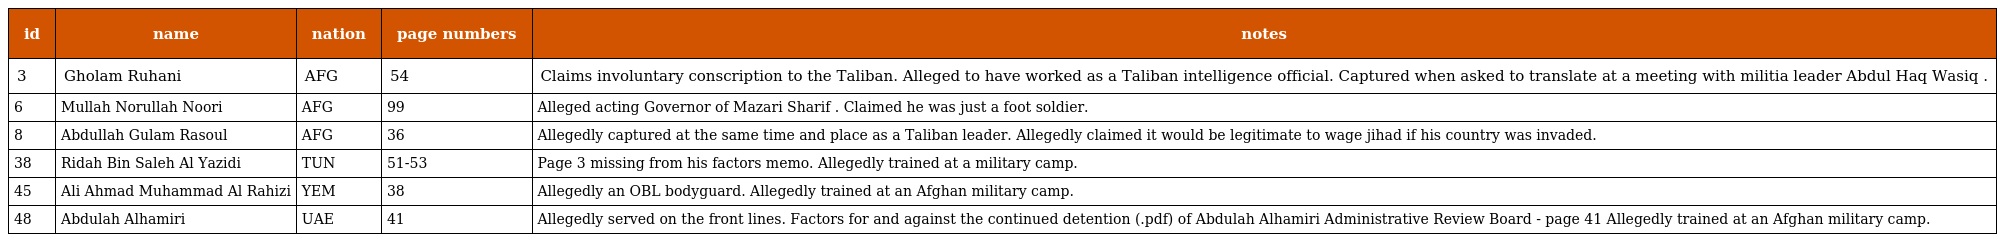
| id | name | nation | page numbers | notes |
 | --- | --- | --- | --- | --- |
 | 3 | Gholam Ruhani | AFG | 54 | Claims involuntary conscription to the Taliban. Alleged to have worked as a Taliban intelligence official. Captured when asked to translate at a meeting with militia leader Abdul Haq Wasiq . |
 | 6 | Mullah Norullah Noori | AFG | 99 | Alleged acting Governor of Mazari Sharif . Claimed he was just a foot soldier. |
 | 8 | Abdullah Gulam Rasoul | AFG | 36 | Allegedly captured at the same time and place as a Taliban leader. Allegedly claimed it would be legitimate to wage jihad if his country was invaded. |
 | 38 | Ridah Bin Saleh Al Yazidi | TUN | 51-53 | Page 3 missing from his factors memo. Allegedly trained at a military camp. |
 | 45 | Ali Ahmad Muhammad Al Rahizi | YEM | 38 | Allegedly an OBL bodyguard. Allegedly trained at an Afghan military camp. |
 | 48 | Abdulah Alhamiri | UAE | 41 | Allegedly served on the front lines. Factors for and against the continued detention (.pdf) of Abdulah Alhamiri Administrative Review Board - page 41 Allegedly trained at an Afghan military camp. |